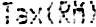
TAX(RM)